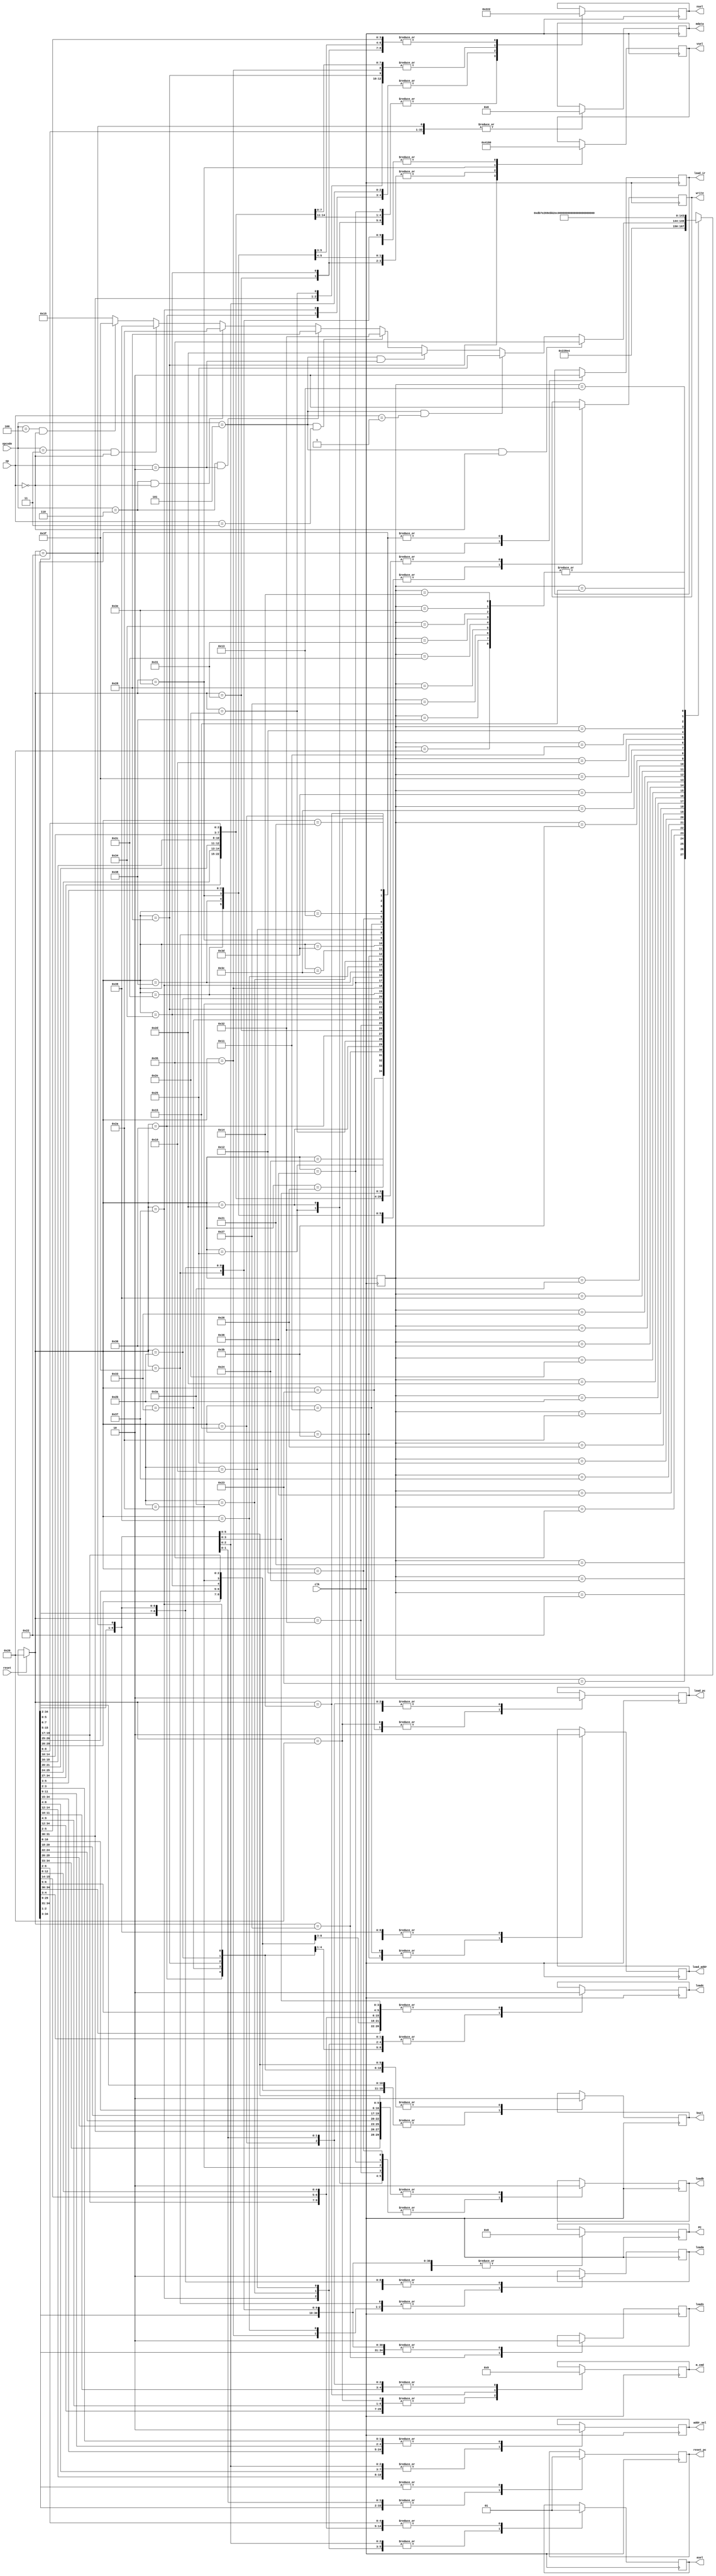
//modifications
`define R 2'b01
`define W 2'b10
`define Reset 6'b100000
`define IF1 6'b100001
`define IF2 6'b100010
`define UpdatePC 6'b100011

				/*state encodings are done in 5 bit binary (needed to encode all states uniquely. */
`define decode 6'b100100
`define CMP1 6'b100101			/*After moving values in the registers - which in turn is done using the MOVSIGN1 states, we describe 3 compare states required to do one row of operations in the table.  */
`define CMP2 6'b100110
`define CMP3 6'b100111

`define MOVSIGN1 6'b101000		/*state encoding for moving a value imm8 into the desired register*/

`define MOVSHIFT1 6'b101010			/*MOVSHIFT operation: Writing a value to Rm, shifting it, reading it to Rm (3 states)*/
`define MOVSHIFT2 6'b101011
`define MOVSHIFT3 6'b101100

`define AND1 6'b101101			/*Reading a value to Rm, reading a value to Rn, shifting the Rm value and AND'ing with Rn (instruction set), reading it to Rd (4 cycles)*/
`define AND2 6'b101110
`define AND3 6'b110000
`define AND4 6'b110001

`define MVN1 6'b110010				/*Reading to Rm, shifting and NOT'ing it (instruction set), reading to Rd (3 cycles = 3 states )*/
`define MVN2 6'b110011
`define MVN3 6'b110100

`define ADD1 6'b110101				/*Similar procedure to AND operation hence 4 cycles i.e. need 4 states to encode this operation.*/
`define ADD2 6'b110110
`define ADD3 6'b110111
`define ADD4 6'b111000

`define LDR1 6'b111001
`define LDR2 6'b111010
`define LDR3 6'b111011
`define LDR4 6'b111100
`define LDR5 6'b111101
`define LDR6 6'b111110

`define STR1 6'b111111
`define STR2 6'b010000
`define STR3 6'b010001
`define STR4 6'b010010
`define STR5 6'b010011
`define STR6 6'b010100

`define HALT 6'b010101
module statemachine(opcode, op, reset, clk,

nsel,
vsel,
mdata,
PC,

write, 

loada,
loadb,

bsel,
asel,

loadc,
loads,

//modifications
load_ir,
load_pc,
reset_pc,
addr_sel,
m_cmd,
load_addr

);
	
	//modifications

	output reg load_pc;
	output reg reset_pc;
	output reg [1:0] m_cmd;
	output reg addr_sel;
	output reg load_ir;
	output reg load_addr;

	input [2:0] opcode; //assume 101 = ALU
	input [1:0] op;// assume 00 = ADD
	//input s;
	input reset;
	input clk;
	
	reg [5:0] present_state;		/*keep track of current state we are in to progress*/

	output reg [2:0] nsel;
	output reg [3:0] vsel; //9
	output reg [15:0] mdata;
	
	output reg [7:0] PC;

	output reg write;
	
	output reg loada; //3

	output reg loadb; //3

	output reg bsel; //7

	output reg asel; //6


	output reg loadc; //5

	output reg loads; //10


always @(posedge clk) begin
if(reset == 1) begin			/*synchronous reset*/
	present_state = `Reset;
end else begin
	case(present_state)		/*First case statement handles transitions */
	`Reset: present_state = `IF1;
	
	`IF1: present_state = `IF2;
	
	`IF2: present_state = `UpdatePC;
	
	`UpdatePC: present_state = `decode;
	
	`decode: 					/*many types of operations branch out from the decode state depending on opcode and op: the next state depends on these and as a result so do subsequent states.*/
		if(opcode == 3'b101 && op == 2'b00) begin
			present_state = `ADD1;
		end else if(opcode == 3'b101 && op == 2'b01) begin
			present_state = `CMP1;
		end else if(opcode == 3'b101 && op == 2'b10) begin
			present_state = `AND1; 
		end else if(opcode == 3'b101 && op == 2'b11) begin
			present_state = `MVN1;
		end
		
			else if(opcode == 3'b110 && op == 2'b10) begin
			present_state = `MOVSIGN1;
		end else if (opcode == 3'b110 && op == 2'b00) begin
			present_state = `MOVSHIFT1;
		end 
		else if (opcode == 3'b011 && op == 2'b00) begin
			present_state = `LDR1;
		end else if (opcode == 3'b100 && op == 2'b00) begin
			present_state = `STR1;
		end else begin 
			present_state = `HALT;
			end
		
	`ADD1: present_state = `ADD2;		/*Once ADD state begins, proceed to complete the whole ADD cycle before returning back to Wait.*/
	`ADD2: present_state = `ADD3;
	`ADD3: present_state = `ADD4;
	`ADD4: present_state = `IF1;
	
	`CMP1: present_state = `CMP2;		/*similar for all other states once a path is inititated.*/
	`CMP2: present_state = `CMP3;
	`CMP3: present_state = `IF1;

	`MOVSIGN1: present_state = `IF1;
	
	`MOVSHIFT1: present_state = `MOVSHIFT2;
	`MOVSHIFT2: present_state = `MOVSHIFT3;
	`MOVSHIFT3: present_state = `IF1;
    
  	`AND1: present_state = `AND2;
 	`AND2: present_state =`AND3;
  	`AND3: present_state = `AND4;
  	`AND4: present_state = `IF1; 

  	`MVN1: present_state = `MVN2;
  	`MVN2: present_state = `MVN3; 
  	`MVN3: present_state = `IF1;

	`LDR1: present_state = `LDR2;
	`LDR2: present_state = `LDR3;
	`LDR3: present_state = `LDR4;
	`LDR4: present_state = `LDR5;
	`LDR5: present_state = `LDR6;
	`LDR6: present_state = `IF1;
	
	`STR1: present_state = `STR2;
	`STR2: present_state = `STR3;
	`STR3: present_state = `STR4;
	`STR4: present_state = `STR5;
	`STR5: present_state = `STR6;
	`STR6: present_state = `IF1;

 	`HALT: present_state = `HALT; 
	default: present_state = 6'bxxxxxx;
	endcase
end
	case(present_state)				/*The second case statement describes the outputs associated with each state - good FSM coding practice. */ 
		`Reset: begin				/*w = 1 for autograder, everything else set to inactive state.*/				
	nsel = 0;
	vsel = 0;
	loada = 0;
        loadb = 0;	
        asel = 0;
        bsel = 0;
        loadc = 0;
        loads = 0;
        write = 0; 
	PC = 0;
	//new	
	reset_pc = 1;
	load_pc = 1;
	load_ir = 0;
	m_cmd = 2'b00;
	addr_sel = 1;
	load_addr = 0;
	
end


		`IF1: begin
	load_ir = 0;
	load_pc = 0;
	reset_pc = 0;
	addr_sel  = 0;
	m_cmd = `R;
	addr_sel = 1;
	load_addr = 0;
	nsel = 0;
	vsel = 0;
	loada = 0;
        loadb = 0;	
        asel = 0;
        bsel = 0;
        loadc = 0;
        loads = 0;
        write = 0; 
	PC = 0;
	
end
		`IF2: begin

	load_ir = 1;
	load_pc = 0;
	reset_pc = 0;
	m_cmd = `R;
	addr_sel = 1;
	load_addr = 0;
	nsel = 0;
	vsel = 0;
	loada = 0;
        loadb = 0;	
        asel = 0;
        bsel = 0;
        loadc = 0;
        loads = 0;
        write = 0; 
	mdata = 0;
	PC = 0;
end
		`UpdatePC: begin

	load_ir = 0;
	load_pc = 1;
	reset_pc = 0;
	m_cmd = 2'b00;
	addr_sel = 0;
	load_addr = 0;
	nsel = 0;
	vsel = 0;
	loada = 0;
        loadb = 0;	
        asel = 0;
        bsel = 0;
        loadc = 0;
        loads = 0;
        write = 0; 
	mdata = 0;
	PC = 0;
end
	
		`decode: begin			/*w is set to 0*/
				nsel = 0;
				vsel = 0;
				loada = 0;
        			loadb = 0;	
        			asel = 1;
        			bsel = 1;
        			loadc = 0;
        			loads = 0;
        			write = 0; 
				mdata = 0;
				PC = 0;
				reset_pc = 0;
				load_pc  = 0;
				m_cmd = 2'b00;
				addr_sel = 0;
				load_ir = 0;
				load_addr = 0;

end
	
		`CMP1: begin		/*Rm is selected with nsel, and written into load b in datapath.*/
			nsel = 3'b001;
			vsel = 0;
			loada = 0;
       			loadb = 1;	
        		asel = 1;
        		bsel = 1;
        		loadc = 0;
        		loads = 0;
        		write = 0; 
			mdata = 0;
			PC = 0;
				reset_pc = 0;
				load_pc  = 0;
				m_cmd = 2'b00;
				addr_sel = 0;
				load_ir = 0;
				load_addr = 0;
			end	
		`CMP2: begin     /*Rn is selected with nsel, and written into load a in datapath.*/
      
				
		nsel = 3'b100;
		vsel = 0;
		loada = 1;
        	loadb = 0;	
        	asel = 1;
        	bsel = 1;
        	loadc = 0;
        	loads = 0;
        	write = 0; 
		mdata = 0;
		PC = 0;
				reset_pc = 0;
				load_pc  = 0;
				m_cmd = 2'b00;
				addr_sel = 0;
				load_ir = 0;
				load_addr = 0;
		end
	
		`CMP3: begin		/*Rn is selected with nsel, and load s is ACTIVATED to get Z,V,and N signals out from datapath (special to CMP operation)*/
		
		nsel = 3'b100;
		vsel = 0;
		loada = 0;
        	loadb = 0;	
        	asel = 0;
        	bsel = 0;
        	loadc = 0;				
        	loads = 1;
        	write = 0; 
		mdata = 0;
		PC = 0;
				reset_pc = 0;
				load_pc  = 0;
				m_cmd = 2'b00;
				addr_sel = 0;
				load_ir = 0;
				load_addr = 0;
	end 

	`AND1: begin			/*Rm is copeied into load b which will then pass onto the shifter for succesfully finishing sh<Rm>*/
      

		nsel = 3'b001;
		vsel = 0;
		loada = 0;
        	loadb = 1;	
        	asel = 1;
        	bsel = 1;
        	loadc = 0;
        	loads = 0;
        	write = 0; 
		mdata = 0;
		PC = 0;
				reset_pc = 0;
				load_pc  = 0;
				m_cmd = 2'b00;
				addr_sel = 0;
				load_ir = 0;
				load_addr = 0;
   end
      
		`AND2: begin	/*Rn copied into load a.*/
      
      nsel = 3'b100;
			vsel = 0;
			loada = 1;
      loadb = 0;	
      asel = 1;
      bsel = 1;
      loadc = 0;
      loads = 0;
      write = 0; 
			mdata = 0;
			PC = 0;
				reset_pc = 0;
				load_pc  = 0;
				m_cmd = 2'b00;
				addr_sel = 0;
				load_ir = 0;
				load_addr = 0;
      
    end
      
      `AND3: begin		/*load c activated to store the result of the AND operation in datapath*/
      
      nsel = 0;
	vsel = 0;
	loada = 0;
      loadb = 0;	
      asel = 0;
      bsel = 0;
      loadc = 1;
      loads = 0;
      write = 0; 
			mdata = 0;
			PC = 0;
				reset_pc = 0;
				load_pc  = 0;
				m_cmd = 2'b00;
				addr_sel = 0;
				load_ir = 0;
				load_addr = 0;
			
      end
    
    	`AND4: begin	/*write is set to 1 to write the result to Rd and vsel is set to 4'b0001 to make sure the output from the calculation is fed back into the mux to go into desired register. */
        
      nsel = 3'b010;
			vsel = 4'b0001;
			loada = 0;
      loadb = 0;	
      asel = 1;
      bsel = 1;
      loadc = 0;
      loads = 0;
      write = 1; 
			mdata = 0;
			PC = 0;
				reset_pc = 0;
				load_pc  = 0;
				m_cmd = 2'b00;
				addr_sel = 0;
				load_ir = 0;
				load_addr = 0;
			
      end
    
    `MVN1: begin /*Rm is copied onto load b.*/
      
      nsel = 3'b001;
			vsel = 0;
			loada = 0;
      loadb = 1;	
      asel = 1;
      bsel = 1;
      loadc = 0;
      loads = 0;
      write = 0; 
			mdata = 0;
			PC = 0;
				reset_pc = 0;
				load_pc  = 0;
				m_cmd = 2'b00;
				addr_sel = 0;
				load_ir = 0;
				load_addr = 0;
      
    end
      
    `MVN2: begin	/*load c is activated to let through the not-shifted Rm value*/
      
      nsel = 3'b001;
			vsel = 0;
			loada = 0;
      loadb = 0;	
      asel = 1;
      bsel = 0;
      loadc = 1;
      loads = 0;
      write = 0; 
			mdata = 0;
			PC = 0;
				reset_pc = 0;
				load_pc  = 0;
				m_cmd = 2'b00;
				addr_sel = 0;
				load_ir = 0;
				load_addr = 0;
        
      end
    
        `MVN3: begin	/*writing the result onto Rd, vsel is chosen as 0001 to choose the C output to feedback into the mux so that it can go into our desired register. */
      
      
      nsel = 3'b010;
			vsel = 4'b0001;
			loada = 0;
      loadb = 0;	
      asel = 1;
      bsel = 1;
      loadc = 0;
      loads = 0;
      write = 1; 
			mdata = 0;
			PC = 0;
				reset_pc = 0;
				load_pc  = 0;
				m_cmd = 2'b00;
				addr_sel = 0;
				load_ir = 0;
				load_addr = 0;
      
    end

	`MOVSIGN1: begin	/*the input value is written onto Rn (selected from nsel and write = 1)*/
      
      nsel = 3'b100;
      vsel = 4'b0100;
      loada = 0;
      loadb = 0;	
      asel = 1;
      bsel = 0;
      loadc = 1;
      loads = 0;
      write = 1; 
      mdata = 0;
      PC = 0;
      reset_pc = 0;
      load_pc  = 0;
	m_cmd = 2'b00;
	addr_sel = 0;
	load_ir = 0;
	load_addr = 0;

	end

	`MOVSHIFT1: begin		/*Rm is fed into load b for shifting and bitwise notting.*/
      
   
      nsel = 3'b001;
			vsel = 0;
			loada = 0;
      			loadb = 1;	
      			asel = 1;
      			bsel = 1;
      loadc = 0;
      loads = 0;
      write = 0; 
			mdata = 0;
			PC = 0;
				load_pc = 0;
				reset_pc = 0;
				m_cmd = 2'b00;
				addr_sel = 0;
				load_ir = 0;
				load_addr = 0;
	end

	`MOVSHIFT2: begin	/*load c is activated to return the result of the operations done on Rm. */
      
           nsel = 3'b001;
		vsel = 0;
		loada = 0;
      		loadb = 0;	
      		asel = 1;
      		bsel = 0;
      loadc = 1;
      loads = 0;
      write = 0; 
			mdata = 0;
			PC = 0;
				reset_pc = 0;
				load_pc  = 0;
				m_cmd = 2'b00;
				addr_sel = 0;
				load_ir = 0;
				load_addr = 0;	
				reset_pc = 0;
				m_cmd = 2'b00;
				load_addr = 0;

	end

	`MOVSHIFT3: begin	/*This value is written onto Rd by looping it back through the multiplexer (write = 1 and vsel = 0001).*/
      
      nsel = 3'b010;
			vsel = 4'b0001;
			loada = 0;
      			loadb = 0;	
      			asel = 1;
      			bsel = 1;
      loadc = 0;
      loads = 0;
      write = 1; 
			mdata = 0;
			PC = 0;

				reset_pc = 0;
				load_pc  = 0;
				addr_sel  = 0;
				m_cmd = 2'b00;
				addr_sel = 0;
				load_ir = 0;
				load_addr = 0;

	end
        
	`ADD1: begin		/*Rn copied onto load a.*/

 		// register operand fetch stage

                nsel = 3'b100;
		vsel = 0;
                loada = 1;
                loadb = 0;	

                // computation stage (sometimes called "execute")
                asel = 1;
                bsel = 1;
                loadc = 0;
                loads = 0;

                // set when "writing back" to register file
                
                write = 0; 
     

		//modification
		mdata = 0;
		
		PC = 0;
				reset_pc = 0;
				load_pc  = 0;
				addr_sel  = 0;
				m_cmd = 2'b00;
				addr_sel = 0;
				load_ir = 0;
				load_addr = 0;
	end
	`ADD2: begin		/*Rm copied to load b for shifting purposes. */

		
		nsel = 3'b001;
		vsel = 0;
                loada = 0;
                loadb = 1;	
		

                // computation stage (sometimes called "execute")
           
                asel = 1;
                bsel = 1;
               
                loadc = 0;
                loads = 0;

                // set when "writing back" to register file
            
                write = 0; 
          
		//modification
		mdata = 0;
		PC = 0;
				reset_pc = 0;
				load_pc  = 0;
				addr_sel  = 0;
				m_cmd = 2'b00;
				addr_sel = 0;
				load_ir = 0;
				load_addr = 0;
	end 
	`ADD3:	begin	/*load c activated to yield the addition result*/
	
		
		nsel = 0;
		vsel = 0;
                loada = 0;
                loadb = 0;	
		//readnum,

                // computation stage (sometimes called "execute")
             
                asel = 0;
                bsel = 0;
              
                loadc = 1;
                loads = 0;

                // set when "writing back" to register file
             
                write = 0; 
            

		//modification
		mdata = 0;
		
		PC = 0;
				reset_pc = 0;
				load_pc  = 0;
				addr_sel  = 0;
				m_cmd = 2'b00;
				addr_sel = 0;
				load_ir = 0;
				load_addr = 0;
	end
	`ADD4: 	begin		/*result is written onto Rd*/

		nsel = 3'b010;
		vsel = 4'b0001;
                loada = 0;
                loadb = 0;	
		

                // computation stage (sometimes called "execute")
             
                asel = 1;
                bsel = 1;
              
                loadc = 0;
                loads = 0;

                // set when "writing back" to register file
              
                write = 1; 
             
		//modification
		mdata = 0;
		PC = 0;
				reset_pc = 0;
				load_pc  = 0;
				addr_sel  = 0;
				m_cmd = 2'b00;
				addr_sel = 0;
				load_ir = 0;
				load_addr = 0;
	end

`LDR1: begin
	reset_pc = 0;
	load_pc  = 0;
	m_cmd = 2'b00;
	addr_sel = 1;
	load_ir = 0;
	load_addr = 0;
	nsel = 3'b100; //Rn = 100 Rd = 010 Rm = 001
	vsel = 0;
	loada = 1; //mod
    loadb = 0;	
    asel = 1;
    bsel = 1;
    loadc = 0;
    loads = 0;
    write = 0; 
	mdata = 0;
	PC = 0;
end
`LDR2: begin
	reset_pc = 0;
	load_pc  = 0;
	m_cmd = 2'b00;
	addr_sel = 1;
	load_ir = 0;
	load_addr = 0;
	nsel = 3'b100; //Rn = 100 Rd = 010 Rm = 001
	vsel = 0;
	loada = 0;
    	loadb = 0;	
    	asel = 0;
    	bsel = 1;
    	loadc = 1; //mod
    	loads = 0;
    	write = 0; 
	mdata = 0;
	PC = 0;
end	
`LDR3:  begin
	reset_pc = 0;
	load_pc  = 0;
	m_cmd = 2'b00;
	addr_sel = 1;
	load_ir = 0;
	load_addr = 1; //mod
	nsel = 3'b100; //Rn = 100 Rd = 010 Rm = 001
	vsel = 0;
	loada = 0;
    	loadb = 0;	
    	asel = 1;
    	bsel = 1;
    	loadc = 0;
    	loads = 0;
    	write = 0; 
	mdata = 0;
	PC = 0;
end	
`LDR4: begin
	reset_pc = 0;
	load_pc  = 0;
	m_cmd = `R;
	addr_sel = 0; //mod
	load_ir = 0;
	load_addr = 0; //mod
	nsel = 3'b100; //Rn = 100 Rd = 010 Rm = 001
	vsel = 0;
	loada = 0;
    	loadb = 0;	
    	asel = 1;
    	bsel = 1;
    	loadc = 0;
    	loads = 0;
    	write = 0; 
	mdata = 0;
	PC = 0;
end	
`LDR5: begin
	reset_pc = 0;
	load_pc  = 0;
	m_cmd = `R;
	addr_sel = 0; //mod
	load_ir = 0;
	load_addr = 0; //mod
	nsel = 3'b100; //Rn = 100 Rd = 010 Rm = 001
	vsel = 0;
	loada = 0;
    	loadb = 0;	
    	asel = 1;
    	bsel = 1;
    	loadc = 0;
    	loads = 0;
    	write = 0; 
	mdata = 0;
	PC = 0;
end	
`LDR6: begin
	reset_pc = 0;
	load_pc  = 0;
	m_cmd = 2'b00;
	addr_sel = 0; //mod
	load_ir = 0;
	load_addr = 0; //mod
	nsel = 3'b010; //Rn = 100 Rd = 010 Rm = 001
	vsel = 4'b1000; //reading from mdata
	loada = 0;
    	loadb = 0;	
    	asel = 1;
    	bsel = 1;
   	loadc = 0;
    	loads = 0;
    	write = 1; 
	mdata = 0;
	PC = 0;
	
end	
`STR1: begin
	reset_pc = 0;
	load_pc  = 0;
	m_cmd = 2'b00;
	addr_sel = 1;
	load_ir = 0;
	load_addr = 0;
	nsel = 3'b100; //Rn = 100 Rd = 010 Rm = 001
	vsel = 0;
	loada = 1; //mod
    	loadb = 0;	
    	asel = 1;
    	bsel = 1;
    	loadc = 0;
    	loads = 0;
    	write = 0; 
	mdata = 0;
	PC = 0;
end	
`STR2: begin
	reset_pc = 0;
	load_pc  = 0;
	m_cmd = 2'b00;
	addr_sel = 1;
	load_ir = 0;
	load_addr = 0;
	nsel = 3'b100; //Rn = 100 Rd = 010 Rm = 001
	vsel = 0;
	loada = 0;
    	loadb = 0;	
    	asel = 0;
    	bsel = 1;
    	loadc = 1; //mod
    	loads = 0;
    	write = 0; 
	mdata = 0;
	PC = 0;
end	
`STR3: begin
	reset_pc = 0;
	load_pc  = 0;
	m_cmd = 2'b00;
	addr_sel = 1;
	load_ir = 0;
	load_addr = 1; //mod
	nsel = 3'b100; //Rn = 100 Rd = 010 Rm = 001
	vsel = 0;
	loada = 0;
    	loadb = 0;	
    	asel = 1;
    	bsel = 1;
    	loadc = 0;
    	loads = 0;
    	write = 0; 
	mdata = 0;
	PC = 0;
end	
`STR4: begin
	reset_pc = 0;
	load_pc  = 0;
	addr_sel  = 1;
	m_cmd = 2'b00;
	addr_sel = 1; //mod
	load_ir = 0;
	load_addr = 0; //mod
	nsel = 3'b010; //Rn = 100 Rd = 010 Rm = 001
	vsel = 0; //mod
	loada = 0;
    	loadb = 1;	
    	asel = 1;
    	bsel = 1;
    	loadc = 0;
    	loads = 0;
    	write = 1; 
	mdata = 0;
	PC = 0;
end	
`STR5: begin
	reset_pc = 0;
	load_pc  = 0;
	addr_sel  = 1;
	m_cmd = 2'b00;
	addr_sel = 1; //mod
	load_ir = 0;
	load_addr = 0; //mod
	nsel = 3'b010; //Rn = 100 Rd = 010 Rm = 001
	vsel = 0; //mod
	loada = 0;
    	loadb = 0;	
    	asel = 1;
    	bsel = 0;
    	loadc = 1;
    	loads = 0;
    	write = 1; 
	mdata = 0;
	PC = 0;
end	
`STR6: begin
	reset_pc = 0;
	load_pc  = 0;
	addr_sel  = 0;
	m_cmd = `W; //mod
	addr_sel = 0; //mod
	load_ir = 0;
	load_addr = 0; //mod
	nsel = 3'b010; //Rn = 100 Rd = 010 Rm = 001
	vsel = 0; //mod
	loada = 0;
    	loadb = 0;	
    	asel = 1;
    	bsel = 0;
    	loadc = 1;
    	loads = 0;
    	write = 1; 
	mdata = 0;
	PC = 0;
end


	`HALT: begin
	
	reset_pc = 1;		//mod
	load_pc  = 0;
	m_cmd = `R; //mod
	addr_sel = 0; //mod
	load_ir = 0;
	load_addr = 0; //mod
	nsel = 3'b010; //Rn = 100 Rd = 010 Rm = 001
	vsel = 0; //mod
	loada = 0;
    loadb = 0;	
    asel = 1;
    bsel = 0;
    loadc = 0;
    loads = 0;
    write = 0; 
	mdata = 0;
	PC = 0;
end

	

endcase

end

endmodule